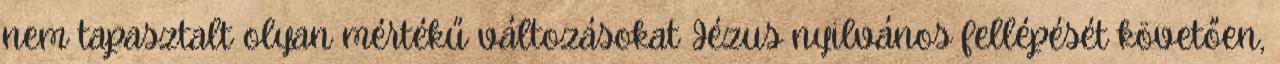
nem tapasztalt olyan mértékű változásokat Jézus nyilvános fellépését követően,